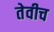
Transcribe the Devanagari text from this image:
तेवीच